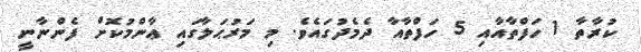
ކުރާތާ 1 ހަފްތާއާއި 5 ހަފްތާއާ ދެމެދުގައެވެ. މި މަރުޙަލާގައި ޢާންމުކޮށް ފެންނާނީ